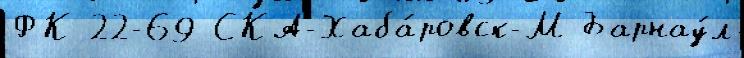
ФК 22-69 СКА-Хаба́ровск-М Барнау́л